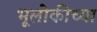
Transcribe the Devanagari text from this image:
भूलोकीच्या